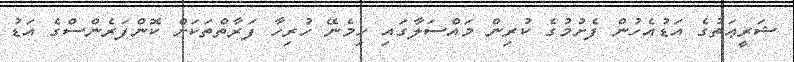
ޝަރީޢަތުގެ އަޑުއެހުން ފެށުމުގެ ކުރިން މައްސަލާގައި ހިމެނޭ ހުރިހާ ފަރާތްތަކަށް ކޮންފަރެންސްގެ އަޑު